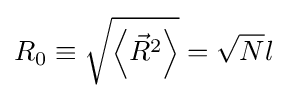
R_{0}\equiv {\sqrt {\left\langle {\vec {R}}^{2}\right\rangle }}={\sqrt {N}}l